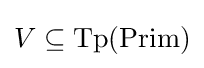
V\subseteq {\text{Tp}}({\text{Prim}})\,\!